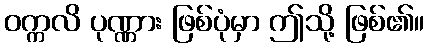
ဝက္ကလိ ပုဏ္ဏား ဖြစ်ပုံမှာ ဤသို့ ဖြစ်၏။